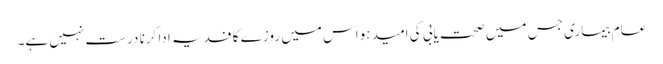
عام بیماری جس میں صحت یابی کی امید ہو اس میں روزے کا فدیہ ادا کرنا درست نہیں ہے۔